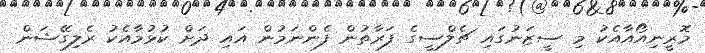
މޮރީނިއޯއާއެކު މި ސީޒަނުގައި ޗެލްސީގެ ފަރާތުން ފެންނަމުން އައި ދަށް ކުޅުމާއެކު ރެލިގޭޝަން